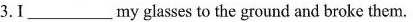
3.I___my glasses to the ground and broke them.